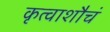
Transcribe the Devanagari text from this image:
कृत्वाशौचं